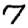
Digit: 7